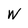
Character: W